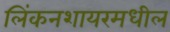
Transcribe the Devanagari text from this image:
लिंकनशायरमधील